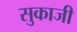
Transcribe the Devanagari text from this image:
सुकाजी